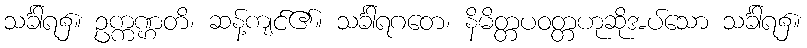
သင်္ခါရ၌။ ဥက္ကဏ္ဌတိ၊ ဆန့်ကျင်၏။ သင်္ခါရဂတေ၊ နိမိတ္တပဝတ္တဟုဆိုအပ်သော သင်္ခါရ၌။